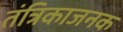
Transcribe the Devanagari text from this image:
तंत्रिकाजनक